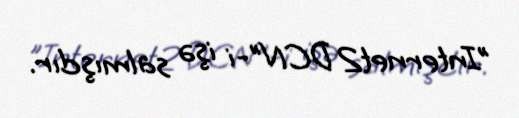
"Internet2 DCN"-i işə salmışdır.